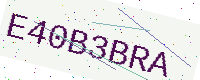
Text: E40B3BRA